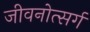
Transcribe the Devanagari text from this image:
जीवनोत्सर्ग